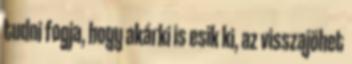
tudni fogja, hogy akárki is esik ki, az visszajöhet